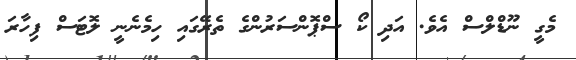
މެގީ ނޫޑްލްސް އެވެ. އަދި ކޯ ސްޕޮންސަރުންގެ ތެރޭގައި ހިމެނެނީ ލޮޓަސް ފިހާރަ